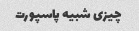
چیزی شبیه پاسپورت